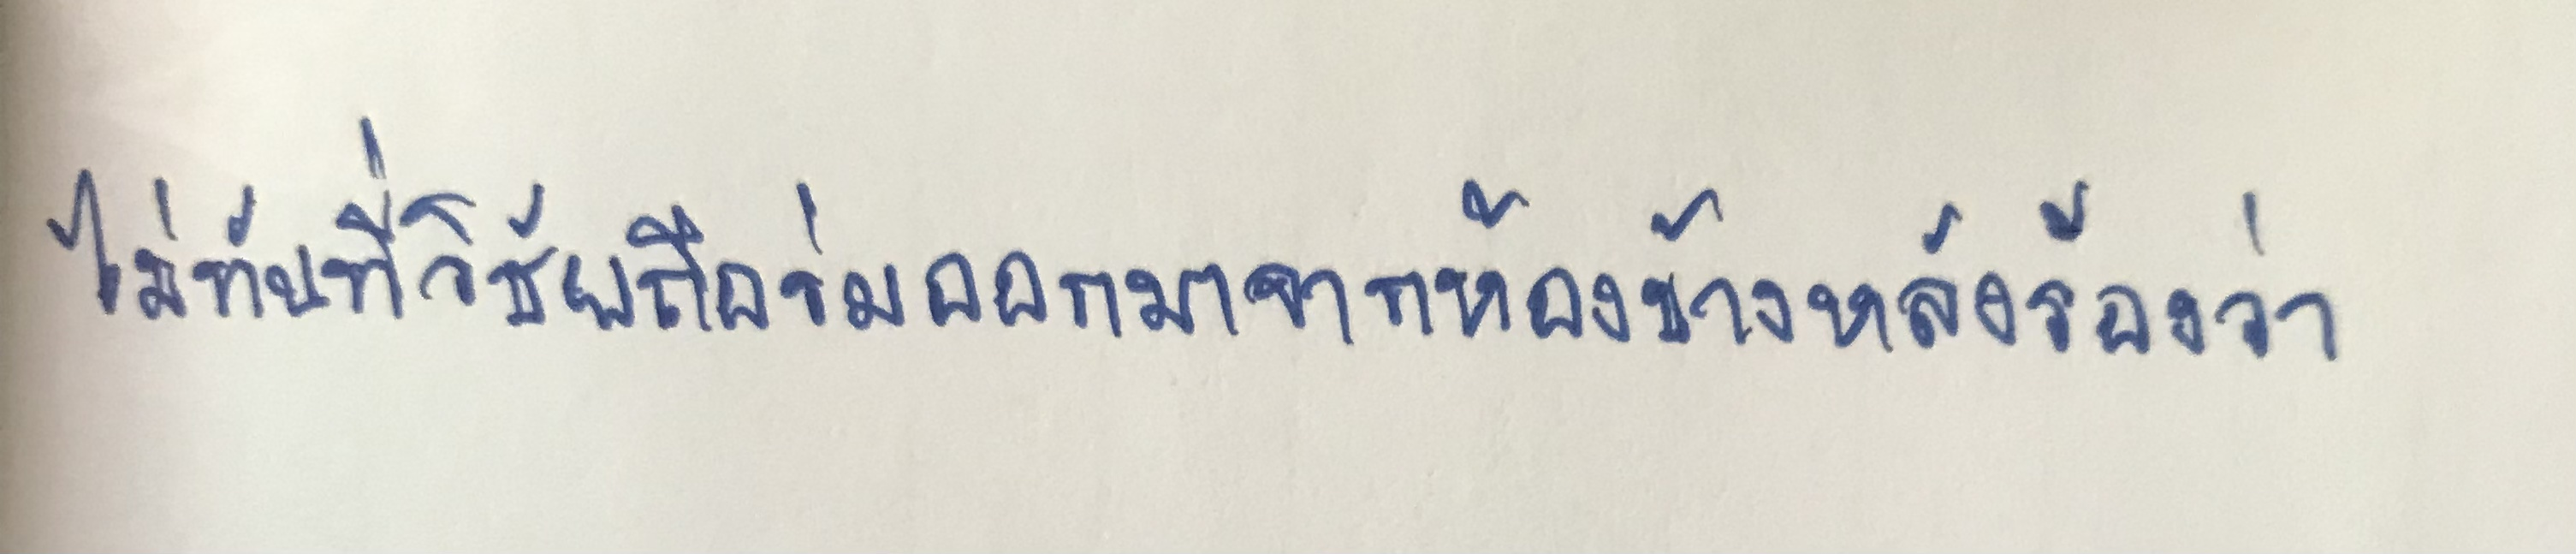
ไม่ทันที่วิชัยถือร่มออกมาจากห้องข้างหลังร้องว่า